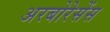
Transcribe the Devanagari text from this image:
अरबोरेसेंस